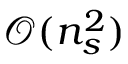
\mathcal { O } ( n _ { s } ^ { 2 } )